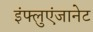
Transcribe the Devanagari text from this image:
इंफ्लुएंजानेट